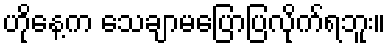
ဟိုနေ့က သေချာမပြောပြလိုက်ရဘူး။